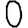
Digit: 0